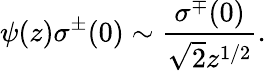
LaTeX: \psi(z)\sigma^{\pm}(0)\sim\frac{\sigma^{\mp}(0)}{\sqrt{2}z^{1/2}}.